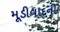
મૂડીવાદની